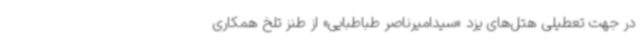
در جهت تعطیلی هتل‌های یزد «سیدامیرناصر طباطبایی» از طنز تلخ همکاری